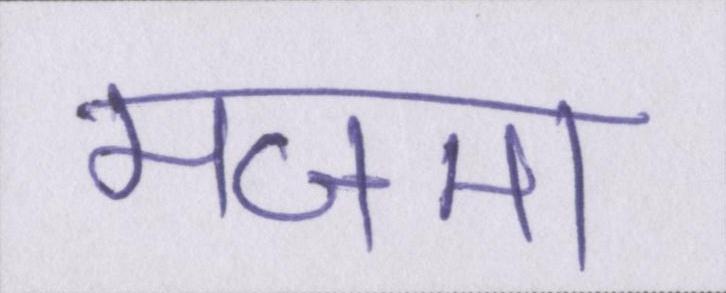
मजमा